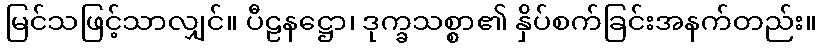
မြင်သဖြင့်သာလျှင်။ ပီဠနဋ္ဌော၊ ဒုက္ခသစ္စာ၏ နှိပ်စက်ခြင်းအနက်တည်း။